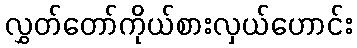
လွှတ်တော်ကိုယ်စားလှယ်ဟောင်း